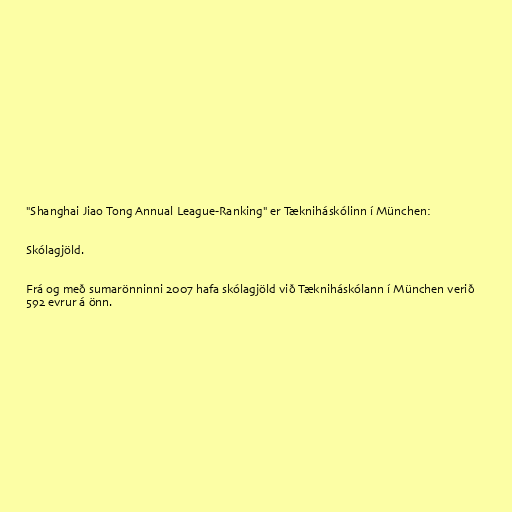
"Shanghai Jiao Tong Annual League-Ranking" er Tækniháskólinn í München:

Skólagjöld.

Frá og með sumarönninni 2007 hafa skólagjöld við Tækniháskólann í München verið
592 evrur á önn.